Lunatic asylums Punjab 1911-1921 - 1911-1921
Year: 1911
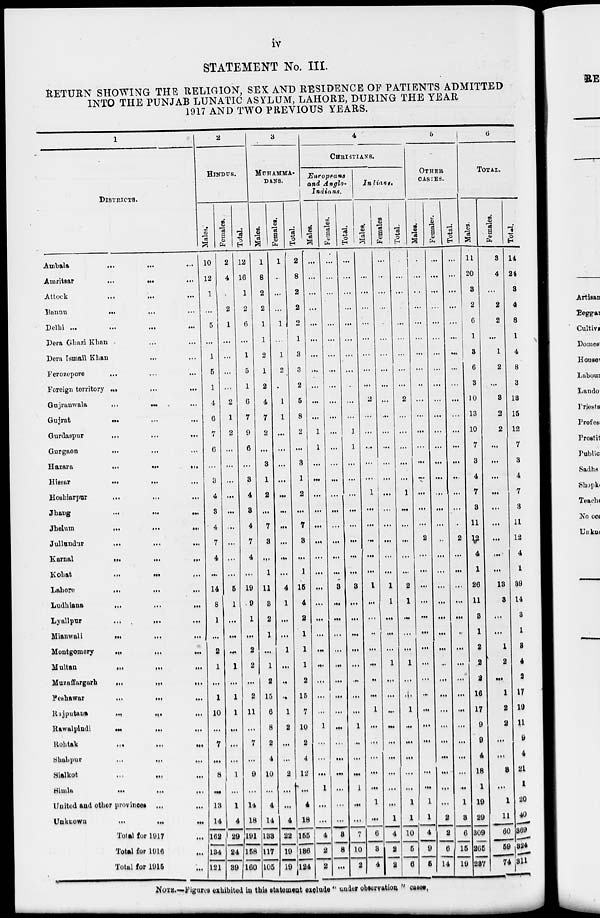
iv
STATEMENT No. III.
RETURN SHOWING THE RELIGION, SEX AND RESIDENCE OF PATIENTS ADMITTED
INTO THE PUNJAB LUNATIC ASYLUM, LAHORE, DURING THE YEAR
1917 AND TWO PREVIOUS YEARS.
1
DISTRICTS.
Ambala
...
...
...
Amritsar ... ... ...
Attock ... ... ...
Bannu ... ... ...
Delhi ... ... ...
Dera Ghazi Khan ... ... ...
Dera Ismail Khan ... ... ...
Ferozepore
...
...
...
Foreign territory
...
...
...
Gujranwala
...
...
...
Gujrat ... ... ...
Gurdaspur
...
...
...
Gurgaon ... ... ...
Hazara
...
...
...
Hissar
...
...
...
Hoshiarpur ... ... ...
Jhang
...
...
...
Jhelum
...
...
...
Jullundur ... ... ...
Karnal
...
...
...
Kohat
...
...
...
Lahore
...
...
...
Ludhiana
...
...
...
Lyallpur
...
...
...
Mianwali
...
...
...
Montgomery
...
...
...
Multan
...
...
...
Muzaffargarh
...
...
...
Peshawar
...
...
...
Rajputana
...
...
...
Rawalpindi
...
...
...
Rohtak
...
...
...
Shahpur
...
...
...
Sialkot
...
...
...
Simla
...
...
...
United and other
provinces
...
...
Unknown
...
...
...
Total for 1917 ...
Total for 1916 ...
Total for 1915 ...
2
HINDUS.
Males.
10
12
1
...
5
...
1
5
1
4
6
7
6
...
3
4
3
4
7
4
...
14
8
1
...
2
1
...
1
10
...
7
...
8
...
13
14
162
134
121
Females.
2
4
2
1
...
...
...
...
2
1
2
...
...
...
...
...
...
...
...
...
5
1
...
...
...
1
...
1
1
...
...
...
1
...
1
4
29
24
39
Total.
12
16
1
2
6
...
1
5
1
6
7
9
6
...
3
4
3
4
7
4
...
19
9
1
...
2
2
...
2
11
...
7
...
9
...
14
18
191
158
160
3
MUHAMMA-
DANS.
Males.
1
8
2
2
1
1
2
1
2
4
7
2
...
3
1
2
...
7
3
...
1
11
3
2
1
....
1
2
15
6
8
2
4
10
...
4
14
133
117
105
Females.
1
...
...
...
1
...
1
2
1
1
...
...
...
...
...
...
...
...
...
...
4
1
...
...
1
...
...
...
1
2
...
...
2
...
...
4
22
19
19
Total.
2
8
2
2
2
1
3
3
2
5
8
2
...
3
1
2
...
7
3
...
1
15
4
2
1
1
1
2
15
7
10
2
4
12
...
4
18
155
136
124
4
CHRISTIANS.
Europeans
and Anglo-
Indians.
Males.
...
...
...
...
...
...
...
...
...
...
...
1
1
...
...
...
...
...
...
...
...
...
...
...
...
...
...
...
...
...
1
...
...
...
1
...
...
4
2
2
Females.
...
...
...
...
...
...
...
...
...
...
...
...
...
...
...
...
...
...
...
...
3
...
...
...
...
...
...
...
...
...
...
...
...
...
...
...
3
8
...
Total.
...
...
...
...
...
...
...
...
...
...
...
1
1
...
...
...
...
...
...
...
...
3
...
...
...
...
...
...
...
...
1
...
...
...
1
...
...
7
10
2
Indians.
Males.
...
...
...
...
...
...
...
...
...
2
...
...
...
...
...
1
...
...
...
...
...
1
...
...
...
...
...
...
...
1
...
...
...
...
...
1
...
6
3
4
Females
...
...
...
...
...
...
...
...
...
...
...
...
...
...
...
...
...
...
...
...
...
1
1
...
...
...
1
...
...
...
...
...
...
...
...
...
1
4
2
2
Total.
...
...
...
...
...
...
...
...
...
2
...
...
...
...
...
1
...
...
...
...
...
2
1
...
...
...
1
...
...
1
...
...
...
...
...
1
1
10
5
6
5
OTHER
CASTES.
Males.
...
...
...
...
...
...
...
...
...
...
...
...
...
...
...
...
...
...
2
...
...
...
...
...
...
...
...
...
...
...
...
...
...
...
1
1
4
9
5
Females.
...
...
...
...
...
...
...
...
...
...
...
...
...
...
...
...
...
...
...
...
...
...
...
...
...
...
...
...
...
...
...
...
...
...
...
...
2
2
6
14
Total.
...
...
...
...
...
...
...
...
...
...
...
...
...
...
...
...
...
...
2
...
...
...
...
...
...
...
...
...
...
...
...
...
...
...
...
1
3
6
15
19
6
TOTAL.
Males.
11
20
3
2
6
1
3
6
3
10
13
10
7
3
4
7
3
11
12
4
1
26
11
3
1
2
2
2
16
17
9
9
4
18
1
19
29
309
265
237
Females.
3
4
...
2
2
...
1
2
...
3
2
2
...
...
...
...
...
...
...
...
...
13
3
...
...
1
2
...
1
2
2
...
...
3
...
1
11
60
59
74
Total.
14
24
3
4
8
1
4
8
3
13
15
12
7
3
4
7
3
11
12
4
1
39
14
3
1
3
4
2
17
19
11
9
4
21
1
20
40
369
324
311
NOTE.—Figures exhibited in this statement exclude " under observation "cases.